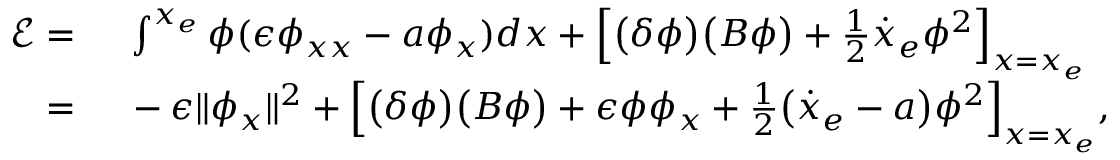
\begin{array} { r l } { \mathcal { E } = \ } & { { } \int ^ { x _ { e } } \phi ( \epsilon \phi _ { x x } - a \phi _ { x } ) d x + \Big [ \big ( \delta \phi \big ) \big ( B \phi \big ) + \frac { 1 } { 2 } \dot { x } _ { e } \phi ^ { 2 } \Big ] _ { x = x _ { e } } } \\ { = \ } & { { } - \epsilon \| \phi _ { x } \| ^ { 2 } + \Big [ \big ( \delta \phi \big ) \big ( B \phi \big ) + \epsilon \phi \phi _ { x } + \frac { 1 } { 2 } \big ( \dot { x } _ { e } - a \big ) \phi ^ { 2 } \Big ] _ { x = x _ { e } } , } \end{array}